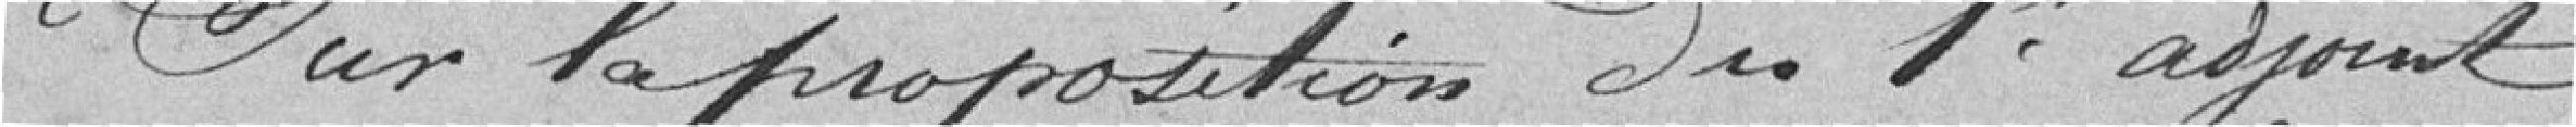
Sur la proposition du 1er adjoint